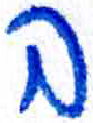
אות: ב